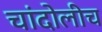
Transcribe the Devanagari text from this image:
चांदोलीच